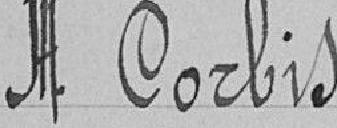
Monsieur Corbis